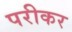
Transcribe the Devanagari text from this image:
परीकर